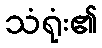
သံရုံး၏